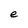
Character: e